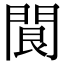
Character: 䦘